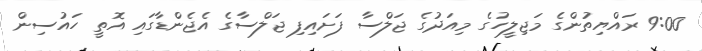
9:00 ރައްޔިތުންގެ މަޖިލީހުގެ މިއަދުގެ ޖަލްސާ ފަށައިފި ޖަލްސާގެ އެޖެންޑާގައި އޮތީ ހައުސިން